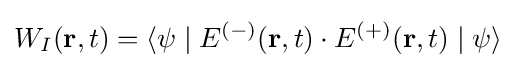
{W_{I}(\mathbf {r} ,t)}=\langle \psi \mid {E^{(-)}(\mathbf {r} ,t)}\cdot {E^{(+)}(\mathbf {r} ,t)}\mid \psi \rangle